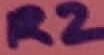
Text: R2